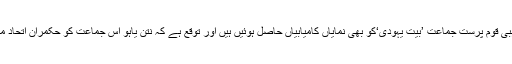
انتہائی دائیں بازو کی مذہبی قوم پرست جماعت ’بیت یہودی‘کو بھی نمایاں کامیابیاں حاصل ہوئیں ہیں اور توقع ہے کہ نتن یاہو اس جماعت کو حکمران اتحاد میں شامل کرنا چاہیں گے۔